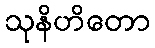
သုနိဟိတော